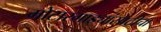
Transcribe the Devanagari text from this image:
मोटारगाड्यांसाठीचा